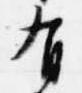
有